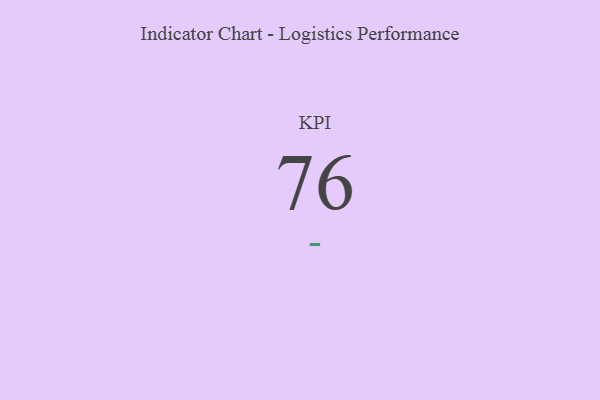
{"axis": {"x": "KPI", "y": "Value"}, "legend": [""], "data": [{"x": "KPI", "y": 76, "type": ""}]}